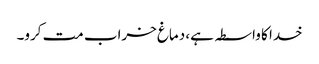
خدا کا واسطہ ہے، دماغ خراب مت کرو۔